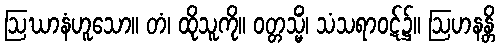
ဩဃာနံဟူသော။ တံ၊ ထိုသူကို။ ဝတ္တသ္မိံ၊ သံသရာဝဋ်၌။ ဩဟနန္တိ